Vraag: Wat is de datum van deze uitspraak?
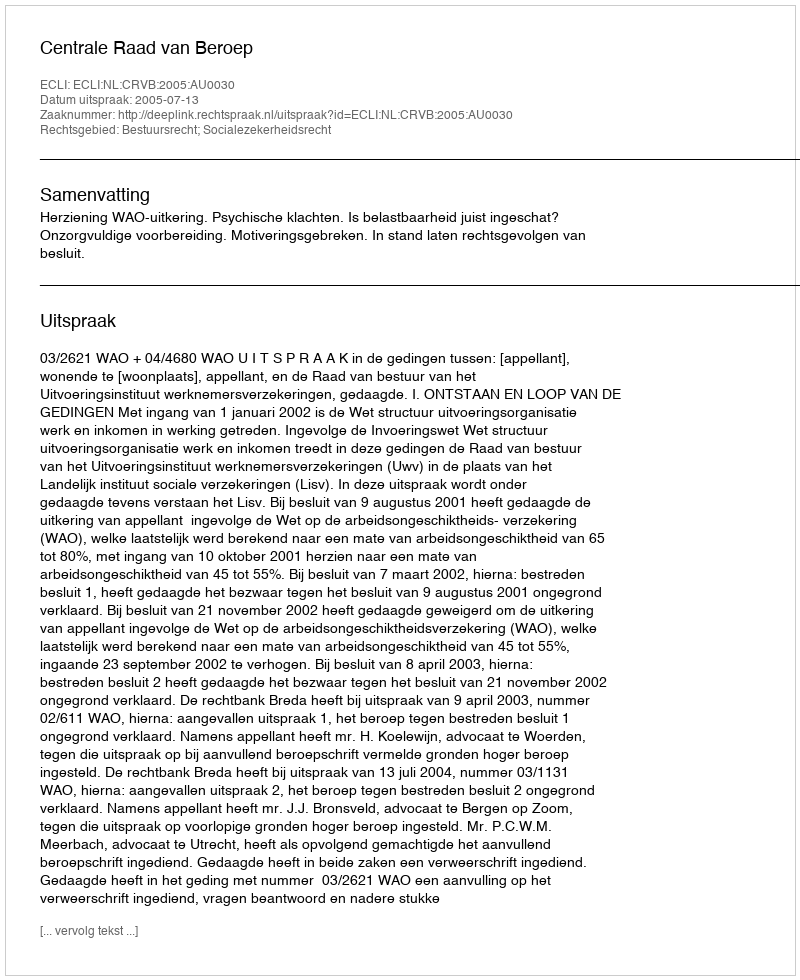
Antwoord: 2005-07-13